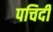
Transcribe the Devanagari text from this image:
पचिदी